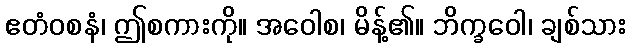
ဧတံဝစနံ၊ ဤစကားကို။ အဝေါစ၊ မိန့်၏။ ဘိက္ခဝေါ၊ ချစ်သား